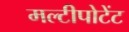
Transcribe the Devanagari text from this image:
मल्टीपोटेंट